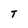
Character: T